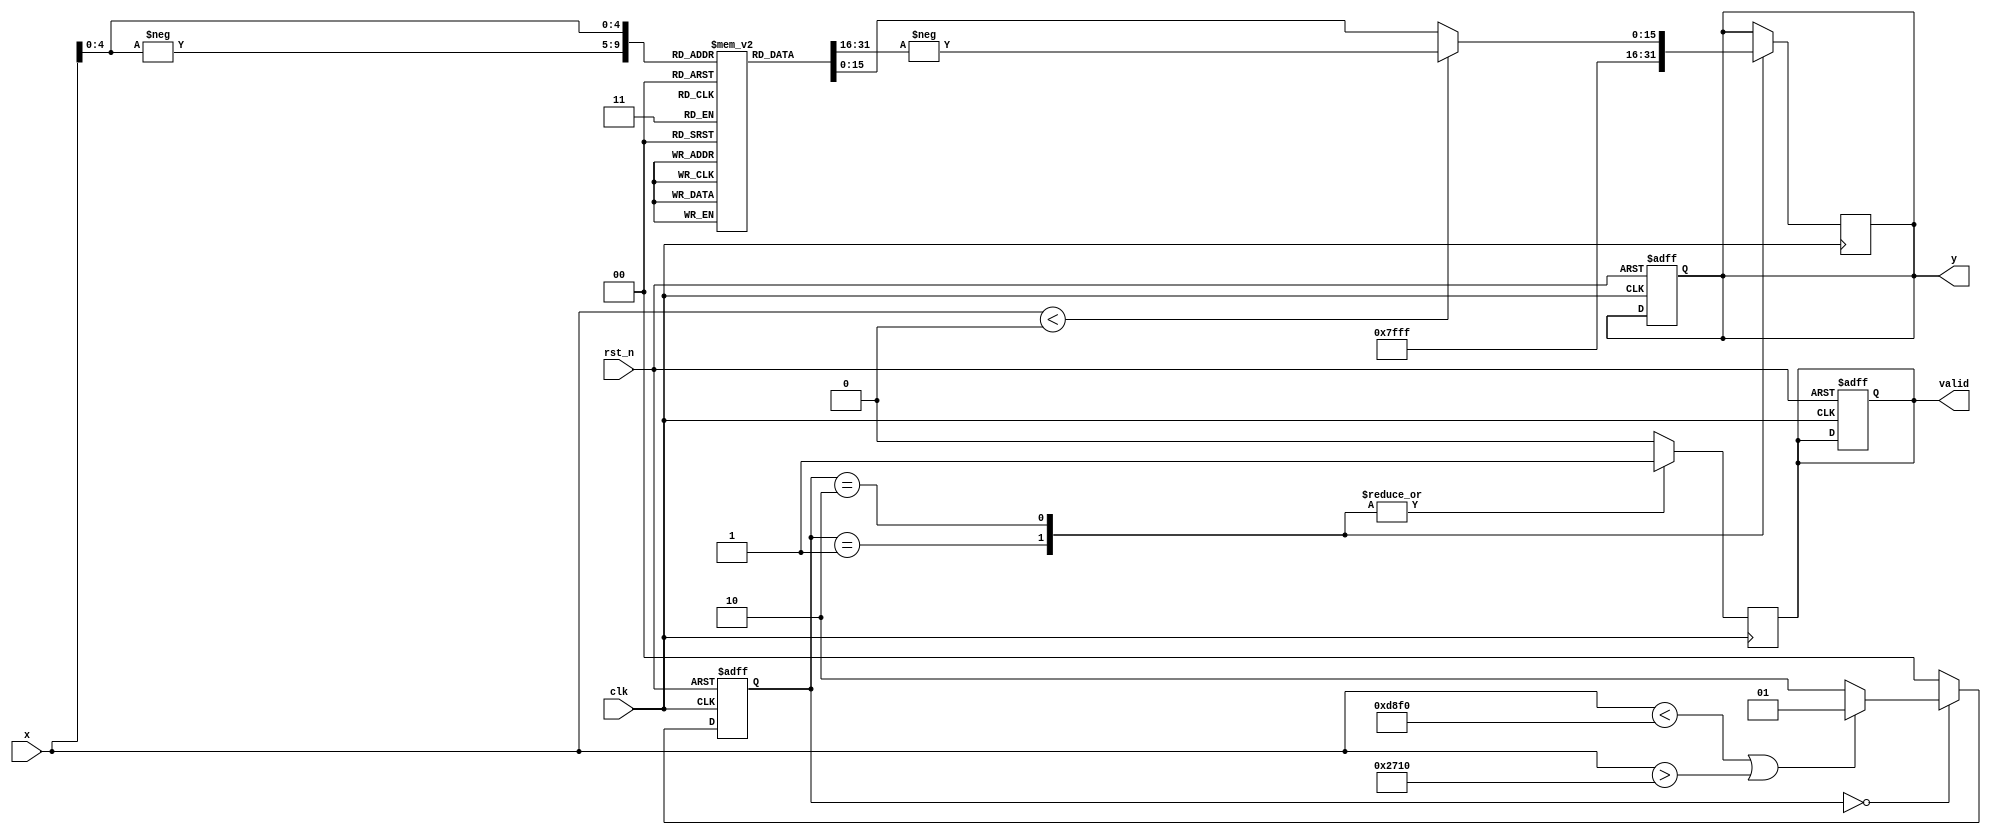
module asin_block (
    input wire clk,               // Clock signal
    input wire rst_n,             // Asynchronous reset (active low)
    input wire signed [15:0] x,   // Input value (fixed-point representation)
    output reg signed [15:0] y,    // Output value (fixed-point representation)
    output reg valid               // Output valid signal
);

    // LUT for asin values (fixed-point representation)
    reg signed [15:0] lut [0:32]; // LUT with 33 entries for -1 to 1
    initial begin
        // Precomputed values of asin for discrete points
        lut[0] = -16'd15708; // asin(-1)  -1.5708 * 10^4
        lut[1] = -16'd7854;  // asin(-0.5)  -0.5236 * 10^4
        lut[2] = 0;          // asin(0) = 0
        lut[3] = 16'd7854;   // asin(0.5)  0.5236 * 10^4
        lut[4] = 16'd15708;  // asin(1)  1.5708 * 10^4
        // Interpolation can be added for values not in the LUT
    end

    // State definitions
    localparam IDLE = 2'b00;
    localparam CHECK = 2'b01;
    localparam COMPUTE = 2'b10;

    reg [1:0] state, next_state;

    // State machine for processing the input
    always @(posedge clk or negedge rst_n) begin
        if (!rst_n) begin
            state <= IDLE;
            y <= 0;
            valid <= 0;
        end else begin
            state <= next_state;
        end
    end

    // Next state logic
    always @(*) begin
        case (state)
            IDLE: begin
                if (x < -16'd10000 || x > 16'd10000) begin // range check for [-1, 1]
                    next_state = CHECK;
                end else begin
                    next_state = COMPUTE;
                end
            end
            CHECK: begin
                next_state = IDLE; // Reset to idle after handling invalid input
            end
            COMPUTE: begin
                next_state = IDLE; // Back to IDLE after computation
            end
            default: next_state = IDLE;
        endcase
    end

    // Output logic
    always @(posedge clk) begin
        case (state)
            CHECK: begin
                y <= 16'd32767; // Set output to NaN or error value (e.g., max positive value)
                valid <= 1;
            end
            COMPUTE: begin
                // Simple scaling to select LUT based on input
                // Assuming x is scaled to fit in [0, 32] for LUT access
                if (x < 0) begin
                    y <= -lut[-x[4:0]]; // Use negative LUT value for negative x
                end else begin
                    y <= lut[x[4:0]];   // Use LUT value for positive x
                end
                valid <= 1;
            end
            default: begin
                valid <= 0; // No valid output
            end
        endcase
    end

endmodule